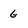
Character: g